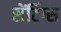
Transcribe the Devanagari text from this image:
सेंटिंग्स